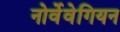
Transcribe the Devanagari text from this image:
नोर्वेवेगियन